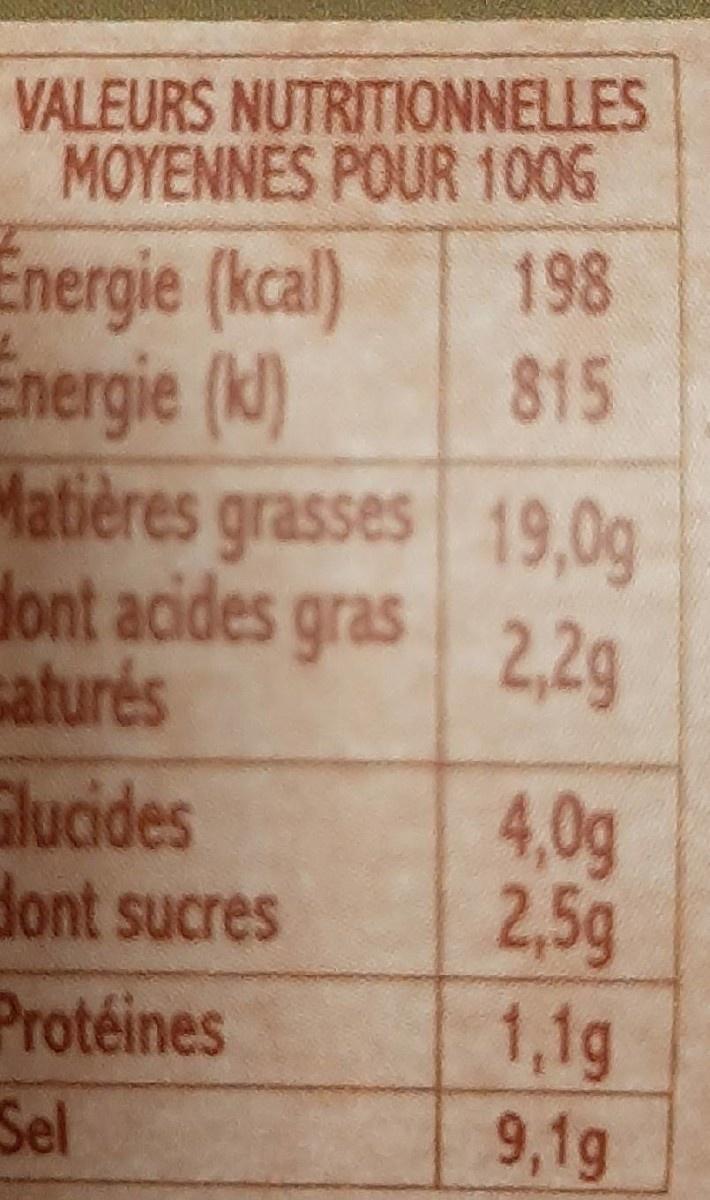
VALEURS NUTRITIONNELLES MOYENNES POUR 100G 198
Energie (kcal) Energie (k) Matières grasses 19,0g dont acides gras saturés
815
2,2g
Glucides dont sucres
4,0g 2,5g
Protéines Sel
1,1g 9,1g
కాడ్